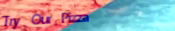
Try Our Pizza